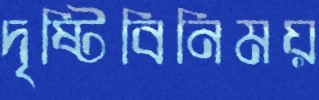
দৃষ্টিবিনিময়